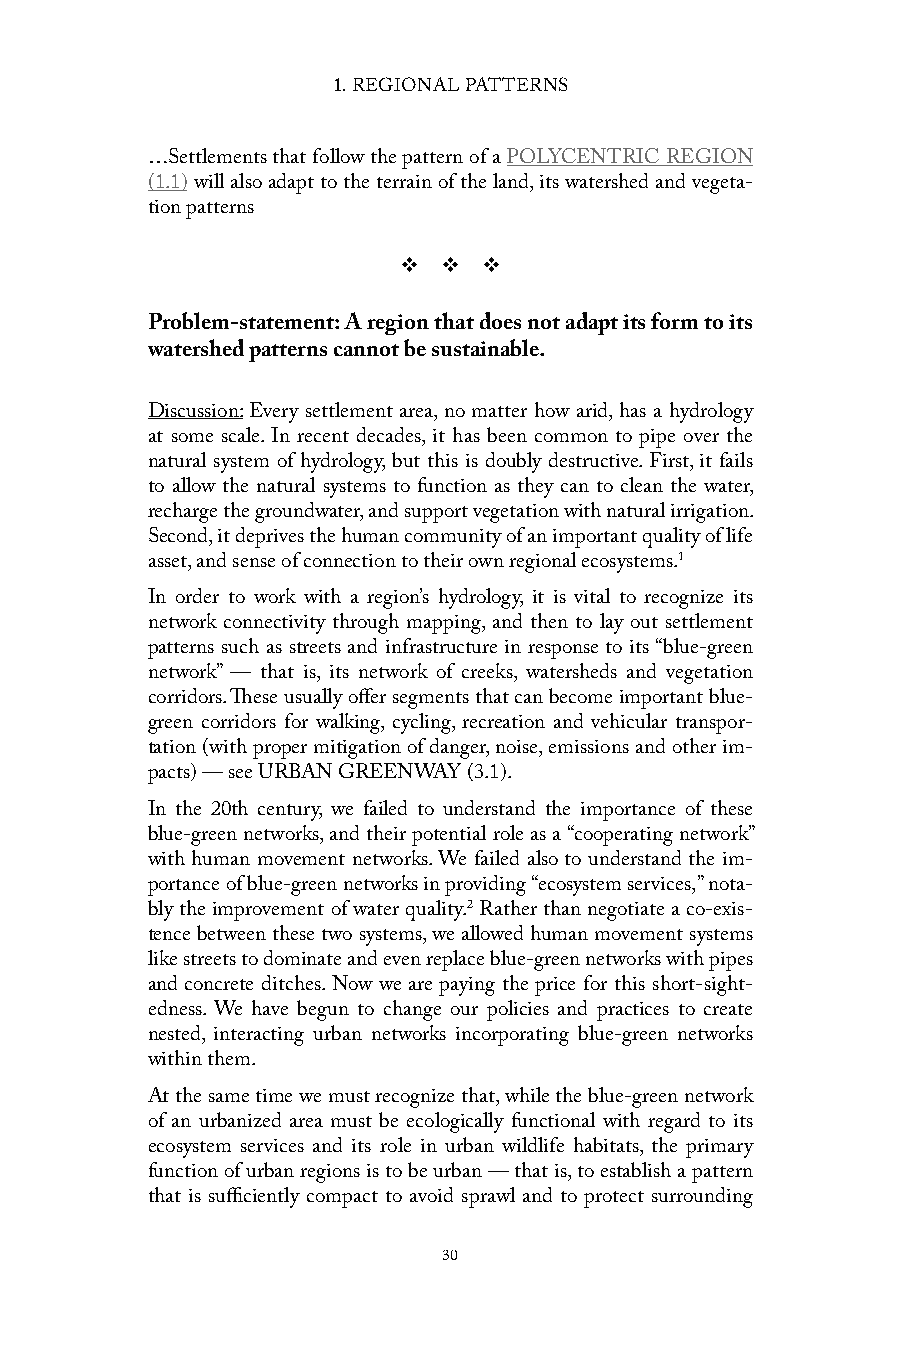
1. REGIONAL PATTERNS
 …Settlements that follow the pattern of a POLYCENTRIC REGION
 (1.1) will also adapt to the terrain of the land, its watershed and vegeta-
 tion patterns
 v  v  v
 Problem-statement: A region that does not adapt its form to its
 watershed patterns cannot be sustainable.
 Discussion: Every settlement area, no matter how arid, has a hydrology
 at some scale. In recent decades, it has been common to pipe over the
 natural system of hydrology, but this is doubly destructive. First, it fails
 to allow the natural systems to function as they can to clean the water,
 recharge the groundwater, and support vegetation with natural irrigation.
 Second, it deprives the human community of an important quality of life
 asset, and sense of connection to their own regional ecosystems.1
 In order to work with a region’s hydrology, it is vital to recognize its
 network connectivity through mapping, and then to lay out settlement
 patterns such as streets and infrastructure in response to its “blue-green
 network” — that is, its network of creeks, watersheds and vegetation
 corridors. These usually offer segments that can become important blue-
 green corridors for walking, cycling, recreation and vehicular transpor-
 tation (with proper mitigation of danger, noise, emissions and other im-
 pacts) — see URBAN GREENWAY (3.1).
 In the 20th century, we failed to understand the importance of these
 blue-green networks, and their potential role as a “cooperating network”
 with human movement networks. We failed also to understand the im-
 portance of blue-green networks in providing “ecosystem services,” nota-
 bly the improvement of water quality.2 Rather than negotiate a co-exis-
 tence between these two systems, we allowed human movement systems
 like streets to dominate and even replace blue-green networks with pipes
 and concrete ditches. Now we are paying the price for this short-sight-
 edness. We have begun to change our policies and practices to create
 nested, interacting urban networks incorporating blue-green networks
 within them.
 At the same time we must recognize that, while the blue-green network
 of an urbanized area must be ecologically functional with regard to its
 ecosystem services and its role in urban wildlife habitats, the primary
 function of urban regions is to be urban — that is, to establish a pattern
 that is sufficiently compact to avoid sprawl and to protect surrounding
 30